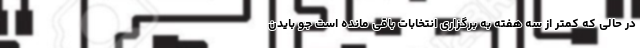
در حالی که کمتر از سه هفته به برگزاری انتخابات باقی مانده است جو بایدن